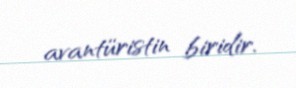
avantüristin biridir.